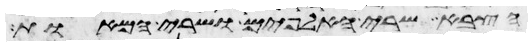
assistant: הצבא שרי האלפים ושרי המאות